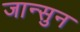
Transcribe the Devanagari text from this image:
जान्सुन